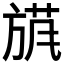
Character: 𱡴